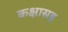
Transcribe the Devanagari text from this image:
कक्षासह